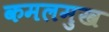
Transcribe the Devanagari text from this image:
कमलमुख